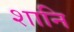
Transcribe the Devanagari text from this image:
शानि